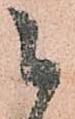
御